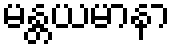
မန္တယမာနာ